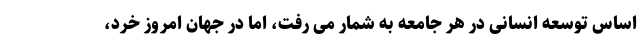
اساس توسعه انسانی در هر جامعه به شمار می رفت، اما در جهان امروز خرد،